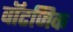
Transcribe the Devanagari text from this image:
वॉटजिक